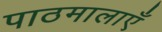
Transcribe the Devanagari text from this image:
पाठमालाएँ